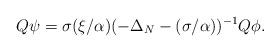
LaTeX: \begin{align*} Q\psi=\sigma(\xi/\alpha)(-\Delta_N-(\sigma/\alpha))^{-1}Q\phi. \end{align*}